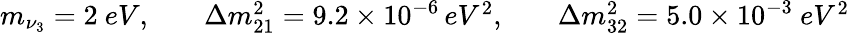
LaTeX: \begin{array}{ccc}{{m_{\nu_{3}}=2\ eV,\quad}}&{{\Delta m_{21}^{2}=9.2\times 10^{-6\ }eV^{2},\quad}}&{{\Delta m_{32}^{2}=5.0\times 10^{-3}\ eV^{2}}}\end{array}